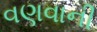
વણવાની